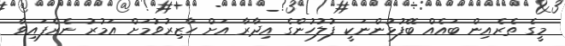
މީގެ ތެރެއިން ބައެއް ބޭފުޅުންނަކީ ފުލުހުންގެ އިދާރާ އަށް ހާޒިރުވުމަށް އަމުރު ނެރެފައިވާ